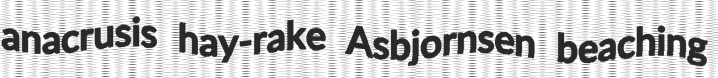
anacrusis hay-rake Asbjornsen beaching